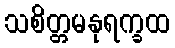
သစိတ္တမနုရက္ခထ